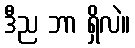
ဒီည ဘာ ရှိလဲ။